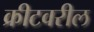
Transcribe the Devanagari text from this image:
क्रीटवरील